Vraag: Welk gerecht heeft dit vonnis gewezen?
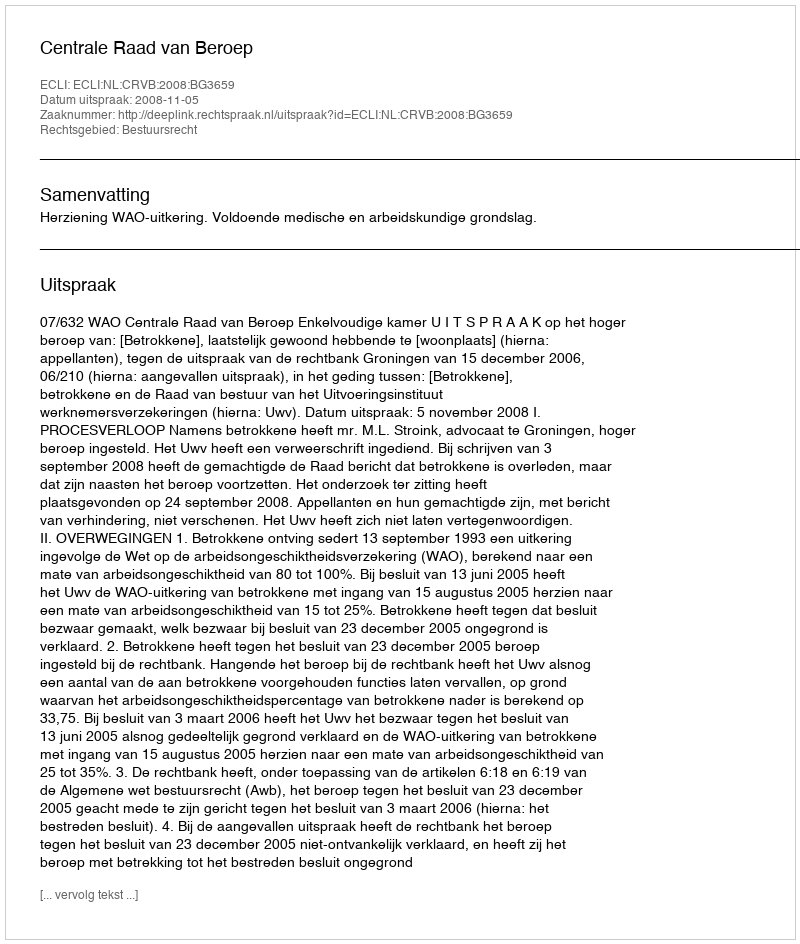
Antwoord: Centrale Raad van Beroep